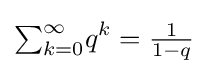
{\textstyle \sum }_{k=0}^{\infty }q^{k}={\tfrac {1}{1-q}}